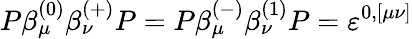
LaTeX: P\beta_{\mu}^{(0)}\beta_{\nu}^{(+)}P=P\beta_{\mu}^{(-)}\beta_{\nu}^{(1)}P=\varepsilon^{0,[\mu\nu]}